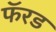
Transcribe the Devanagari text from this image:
फॅरड